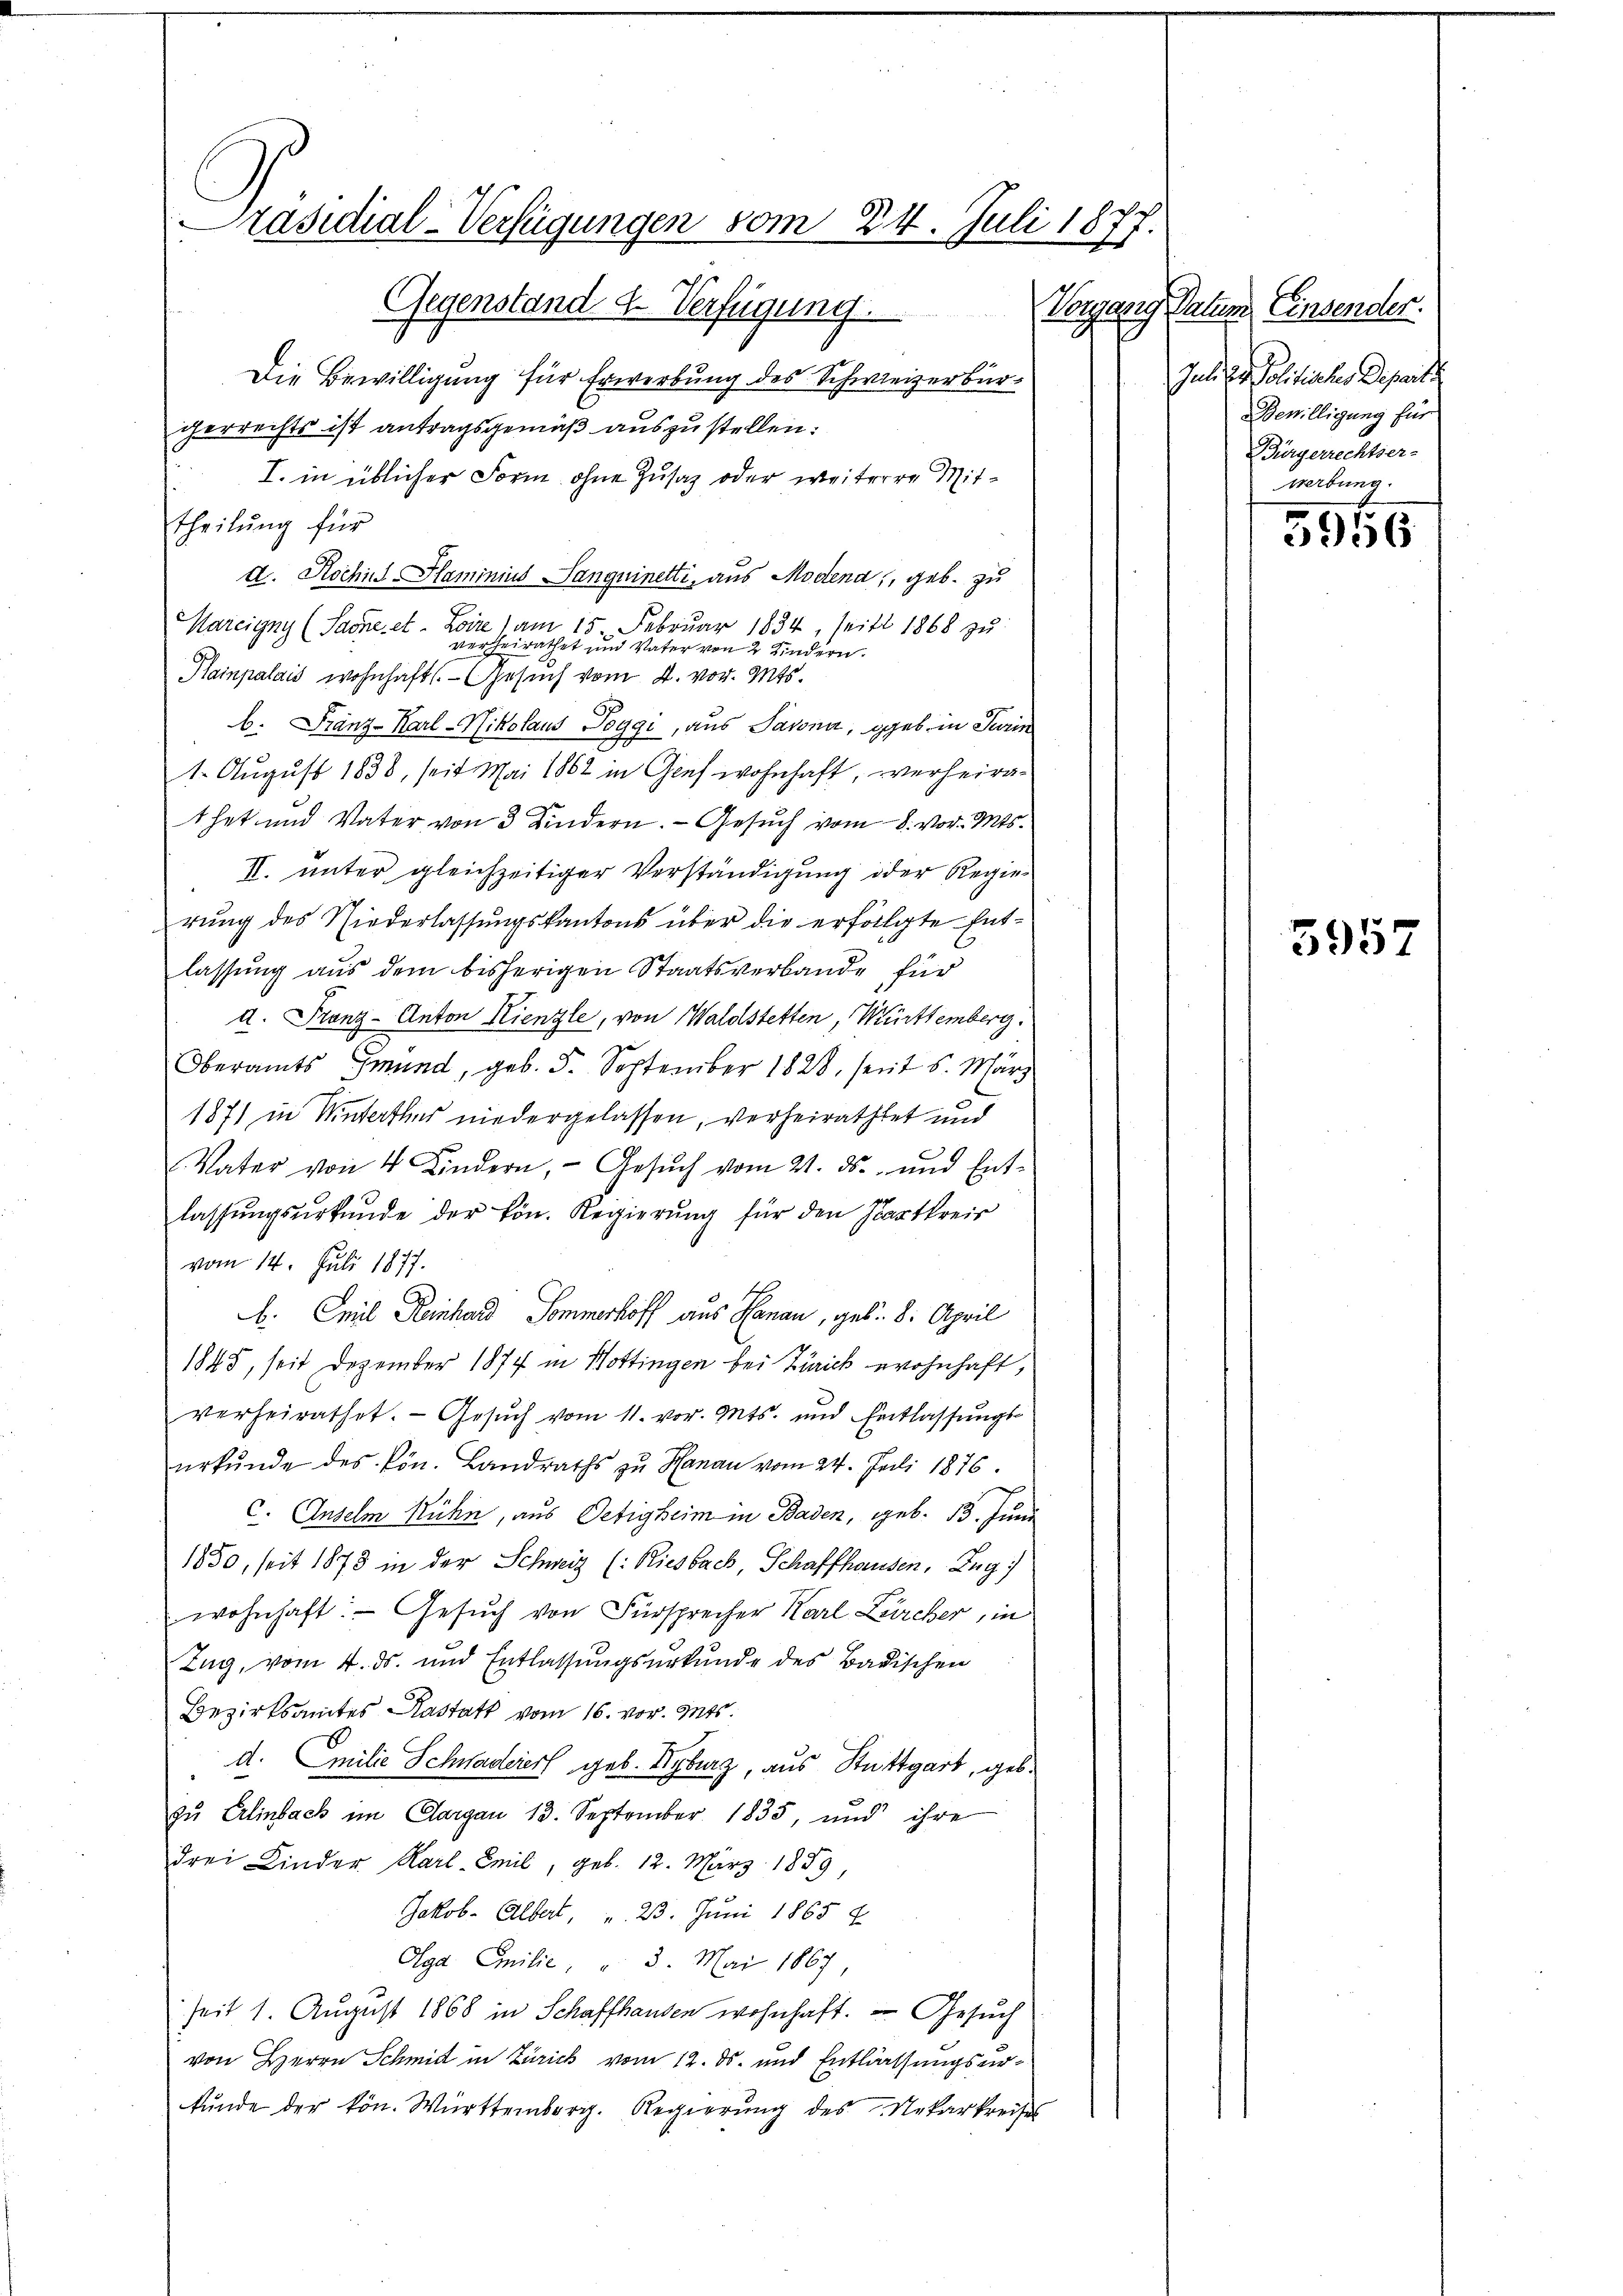
Präsidial-Verfügungen vom 24. Juli 1877.
Gegenstand d. Verfügung.
Vorgang Datum
k

Die Bewilligung für Erwerbung des Schweizerbürgerrechts ist antragsgemäß auszustellen.
I. in üblicher Form, ohne Zusatz oder weiterre Mittheilŭng für
d. Rochues Hlaminius Sanguinetti, aus Modend, geb. zu
Mareigny (Sache, et. Loire ) am 15. Februar 1834, seit 1868 zu
verheirathet und Vater von 2 Kindern.
Stainpalais wohnhafts- Gesuch vom 4. vor. Mts.
b. Franz-Karl-Nikolaus Toggi, aus Sassna, geb. in Turin
1. August 1838, seit Mai 1862 in Genf wohnhaft, verheirathet und Vater von 3 Kindern. Gesuch vom 8. vor. Mts.
II. unter gleichzeitiger Verständigung oder Regierung des Niederlassungskantons über die erfolgte Entlassung aus dem bisherigen Staatsverbande für
d. Franz-Anton Kienzle, von Waldstetten, Württemberg.
Oberamts Gmund, geb. 5. September 1828, seit 5. März
1871 in Winterthes niedergelassen, verheirathtet und
Vater von 4 Kindern, Gesŭch vom 21. ds. und Ent-
lassŭngsŭrkŭnde der kön. Regierŭng für den Hartkreis
vom 14. Juli 1877.
b. Emil Reinhard Sommerhoff aus Hanau, geb. 8. April
1845, seit Dezember 1874 in Hottingen bei Zürich wohnhaft,
verheirathet. - Gesuch vom 11. vor. Mts. und Entlassŭngs-
ŭrkŭnde des kön. Landraths zu Hanau vom 24. Juli 1876.
c. Anselm Rühn, aus Oetigheim in Baden, geb. 13. Juni
1850, seit 1875 in der Schweiz (Riesbach Schaffhausen, Zug
wohnhaft: Gesuch von Fürsprecher Karl Zürcher, in
Tag, vom 4. ds. und Entlassungsurkunde des Badischen
Bezirksamtes Kastatt vom 16. vor. Mts.
d. Emilie Schwaderers geb. Kyburg, aus Stuttgart, geb.
zŭ Erlinbach im Aargau 13. September 1835, und ihre
drei Kinder Karl Emil, geb. 12. März 1889,
Jakob. Albert, " 23. Juni 1865 f.
Olga Emilie. " 3. Mai 1867
seit 1. August 1868 in Schaffhausen wohnhaft. — Gesuch
von Herrn Schmid in Zürich vom 12. ds. und Entlassungsurkŭnde der kön. Württemberg. Regierŭng des Nekarkreises

Einsender.
Juli der Politisches Deparit
Bewilligung für
Bürgerrechtser-
Werbung.

3956

5957